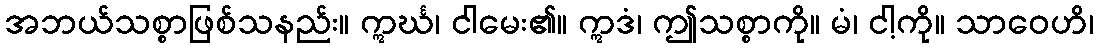
အဘယ်သစ္စာဖြစ်သနည်း။ ဣင်္ဃ၊ ငါမေး၏။ ဣဒံ၊ ဤသစ္စာကို။ မံ၊ ငါ့ကို။ သာဝေဟိ၊